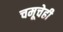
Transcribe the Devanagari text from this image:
चमूचेही